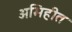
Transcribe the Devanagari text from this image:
अभिहीत